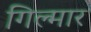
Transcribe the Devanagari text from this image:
गिल्मार